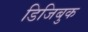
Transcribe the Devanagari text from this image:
डिजिबुक